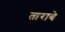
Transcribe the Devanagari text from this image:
ताराबे